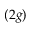
( 2 g )